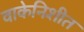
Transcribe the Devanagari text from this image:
वाकेनिशीत